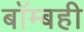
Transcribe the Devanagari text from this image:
बॉम्बही